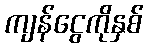
ကျန်ငွေကိုနှစ်